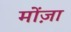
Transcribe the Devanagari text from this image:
मोंज़ा